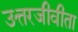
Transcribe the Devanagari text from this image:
उत्तरजीवीता